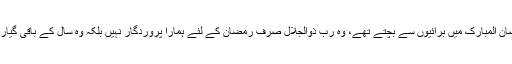
جس اللہ کے خوف سے ہم رمضان المبارک میں برائیوں سے بچتے تھے، وہ رب ذُوالجلال صرف رمضان کے لئے ہمارا پروردگار نہیں بلکہ وہ سال کے باقی گیارہ مہینوں میں بھی ہمارا اللہ ہے۔